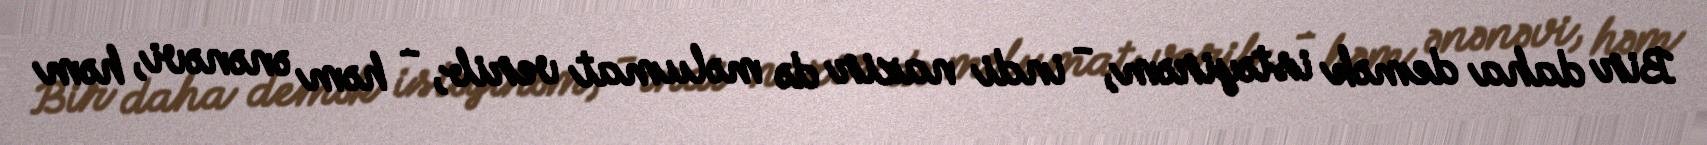
Bir daha demək istəyirəm, - indi nazir də məlumat verib, - həm ənənəvi, həm